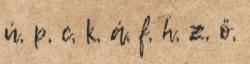
ú, p, c, k, á, f, h, z, ő,